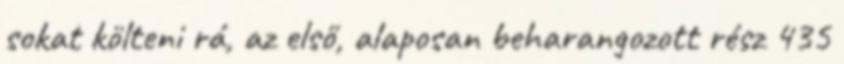
sokat költeni rá, az első, alaposan beharangozott rész 435